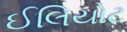
ઈલિયોટ